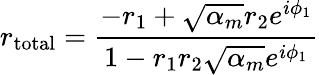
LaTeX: r_{\mathrm{total}}=\frac{-r_{1}+\sqrt{\alpha_{m}}r_{2}e^{i\phi_{1}}}{1-r_{1}r_{2}\sqrt{\alpha_{m}}e^{i\phi_{1}}}